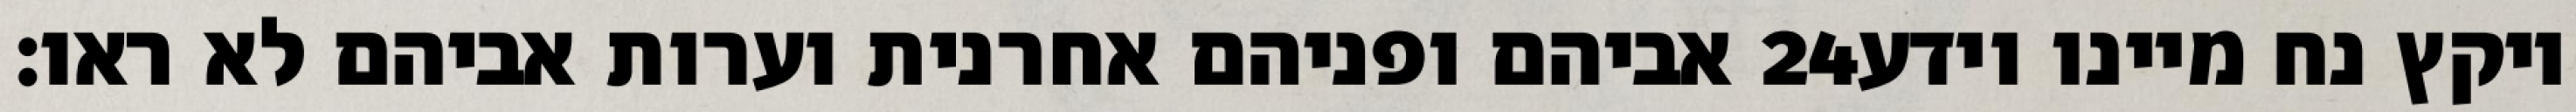
אביהם ופניהם אחרנית וערות אביהם לא ראו׃ ‎24‏ ויקץ נח מיינו וידע